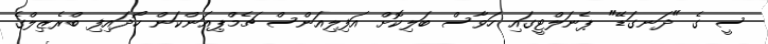
ސީ ގެ "ދަނގަޑޭ" ޕެނަލްޓީގައި ހަވާސް ބަލިކޮށް އަފިލިއަންސް ޗެމްޕިއަންކަން ހޯދައިފި ބްރެޒިލްގެ